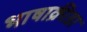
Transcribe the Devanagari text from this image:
भाषाक्रीडा